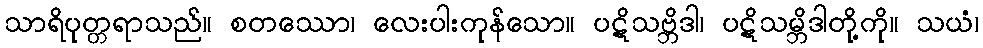
သာရိပုတ္တရာသည်။ စတဿော၊ လေးပါးကုန်သော။ ပဋိသဗ္ဘိဒါ၊ ပဋိသမ္ဘိဒါတို့ကို။ သယံ၊